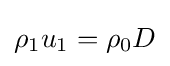
\rho _{1}u_{1}=\rho _{0}D